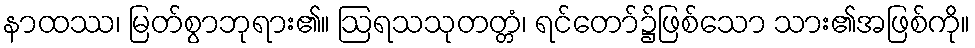
နာထဿ၊ မြတ်စွာဘုရား၏။ ဩရသသုတတ္တံ၊ ရင်တော်၌ဖြစ်သော သား၏အဖြစ်ကို။